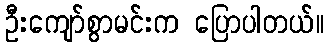
ဦးကျော်စွာမင်းက ပြောပါတယ်။